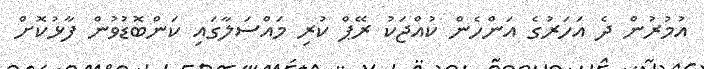
އުމުރުން ދެ އަހަރުގެ އަންހެން ކުއްޖަކު ރޭޕް ކުރި މައްސަލާގައި ކަންބޮޑުވުން ފާޅުކޮށް